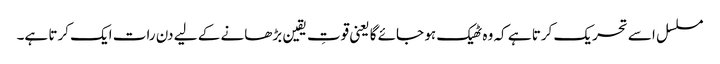
مسلسل اسے تحریک کرتا ہے کہ وہ ٹھیک ہو جائے گا یعنی قوتِ یقین بڑھانے کے لیے دن رات ایک کرتا ہے۔